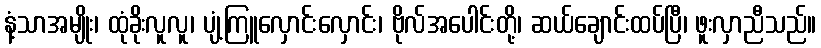
နံ့သာအမျိုး၊ ထုံခိုးလူလူ၊ ပျံ့ကြူလှောင်းလှောင်း၊ ဗိုလ်အပေါင်းတို့၊ ဆယ်ချောင်းထပ်ပြီ၊ ဖူးလှာညီသည်။